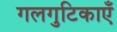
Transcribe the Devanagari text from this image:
गलगुटिकाएँ